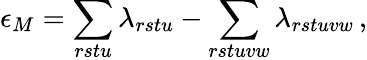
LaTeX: \epsilon_{M}=\sum_{rstu}\lambda_{rstu}-\sum_{rstuvw}\lambda_{rstuvw}\, ,